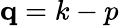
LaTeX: {\mathbf q=k-p}